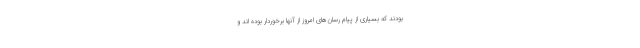
بودند که بسیاری از پیام رسان‌های امروز از آنها برخوردار بوده اند و